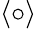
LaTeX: \left<\circ\right>